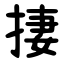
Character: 捿